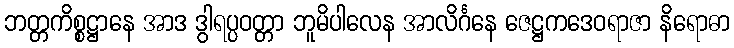
ဘတ္တကိစ္စဋ္ဌာနေ အာဒ ဒွါရပ္ပဝတ္တာ ဘူမိပါလေန အာလိင်္ဂနေ ဇေဋ္ဌကဒေဝရာဇာ နိရောဓာ